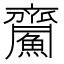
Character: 𪗏